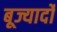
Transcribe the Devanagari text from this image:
बूज्यार्दो